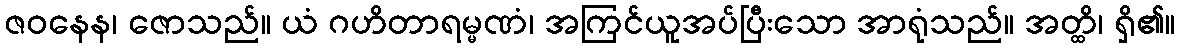
ဇဝနေန၊ ဇောသည်။ ယံ ဂဟိတာရမ္မဏံ၊ အကြင်ယူအပ်ပြီးသော အာရုံသည်။ အတ္ထိ၊ ရှိ၏။